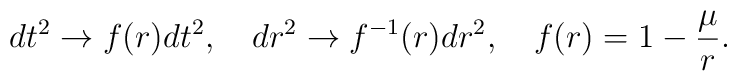
dt^2  \to   f(r) dt^2 , \quad dr^2 \to f^{-1} (r) dr^2 ,  \quad  f(r) = 1 - \frac{\mu}{r} .